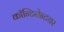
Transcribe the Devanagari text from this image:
कॉन्टिनेन्टवर